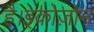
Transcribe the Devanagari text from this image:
है।इकोज़ोन